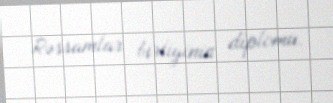
Rəssamlar birliyinin diplomu.